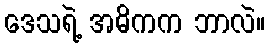
ဒေသရဲ့ အဓိကက ဘာလဲ။